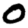
Digit: 0